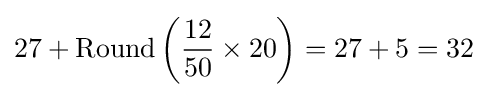
27+{\mbox{Round}}\left({\frac {12}{50}}\times 20\right)=27+5=32